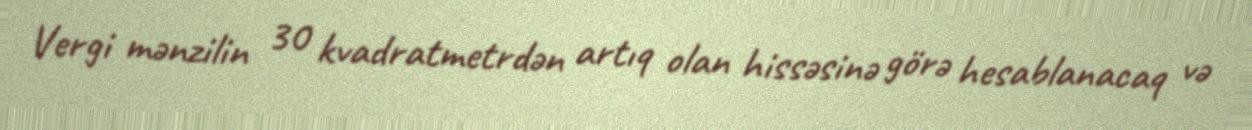
Vergi mənzilin 30 kvadratmetrdən artıq olan hissəsinə görə hesablanacaq və